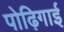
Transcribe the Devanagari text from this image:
पोढ़िगाई